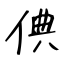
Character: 倎